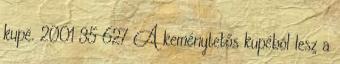
kupé. 2001 35 627 A keménytetős kupéból lesz a